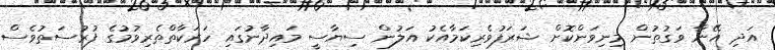
އަދި އޭނާ ވަގުތުން މިނިވަންކޮށް ޝަރަފުވެރިކަމާއެކު އަލުން ސިޔާސީ މައިދާނުގައި ހަރަކާތްތެރިވުމުގެ ފުރުސަތުވެސް